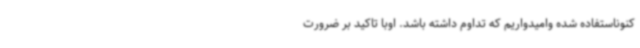
کنوناستفاده شده وامیدواریم که تداوم داشته باشد. اوبا تاکید بر ضرورت